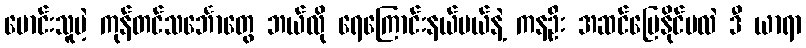
မောင်းသူမဲ့ ကုန်တင်သင်္ဘောတွေ ဘယ်လို ရေကြောင်းနယ်ပယ်နဲ့ ကနဦး အဆင်ပြေနိုင်မလဲ ဒီ ယာရာ